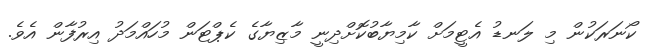
ކޯނަރަކުން މި ލަނޑު އެޓީމަށް ކާމިޔާބުކޮށްދިނީ މާޒިޔާގެ ކެޕްޓަން މުހައްމަދު އިރުފާން އެވެ.